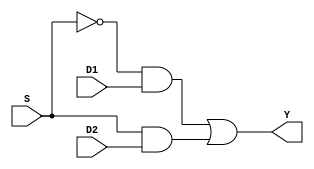
`timescale 1ns / 1ps

module Mux_2_To_1 (
        D1 , D2 , S , Y
);

	// Define the input and output signals
	input  S;
	input  D1;
	input  D2;
	output Y;
	   
	// Define the MUX2:1 module behaviour  
	assign Y = (!S & D1) | (S & D2);
 

endmodule // Mux21